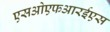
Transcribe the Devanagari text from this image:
एसओएफआरईएस